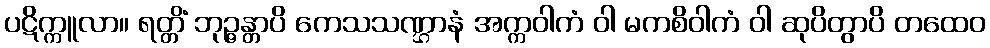
ပဋိက္ကူလာ။ ရတ္တိံ ဘုဉ္ဇန္တာပိ ကေသသဏ္ဌာနံ အက္ကဝါကံ ဝါ မကစိဝါကံ ဝါ ဆုပိတွာပိ တထေဝ